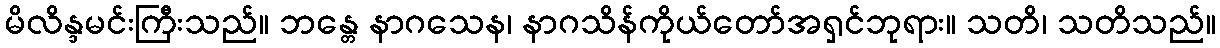
မိလိန္ဒမင်းကြီးသည်။ ဘန္တေ နာဂသေန၊ နာဂသိန်ကိုယ်တော်အရှင်ဘုရား။ သတိ၊ သတိသည်။